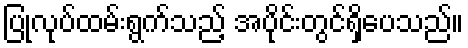
ပြုလုပ်ထမ်းရွက်သည့် အပိုင်းတွင်ရှိပေသည်။